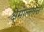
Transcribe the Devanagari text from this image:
क्षेमोल्लास